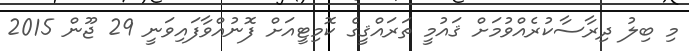
މި ބިލު ދިރާސާކުރެއްވުމަށް ޤައުމީ ތަރައްޤީގެ ކޮމިޓީއަށް ފޮނުއްވާފައިވަނީ 29 ޖޫން 2015